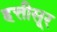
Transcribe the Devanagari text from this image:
हत्तीसूर